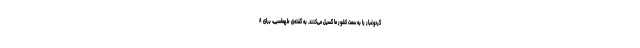
گردوغبار را به سمت کشور ما گسیل می‌کنند. به گفته‌ی طهماسبی، برای ۸